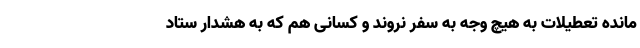
مانده تعطیلات به هیچ وجه به سفر نروند و کسانی هم که به هشدار ستاد